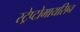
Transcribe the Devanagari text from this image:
स्ट्रेप्टोमायसिन